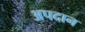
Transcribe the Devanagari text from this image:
अपदान